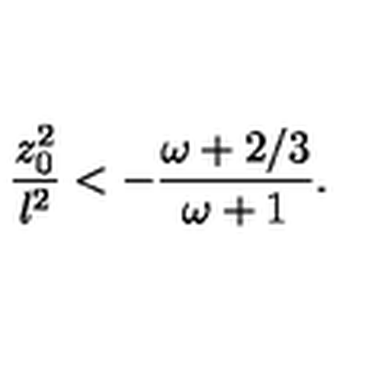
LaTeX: { \frac { z _ { 0 } ^ { 2 } } { l ^ { 2 } } } < - { \frac { \omega + 2 / 3 } { \omega + 1 } } .